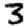
Digit: 3